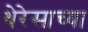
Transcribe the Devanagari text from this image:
थेरेसाच्या